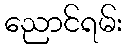
ညောင်ရမ်း